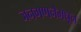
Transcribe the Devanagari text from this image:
जनगणनेमधून